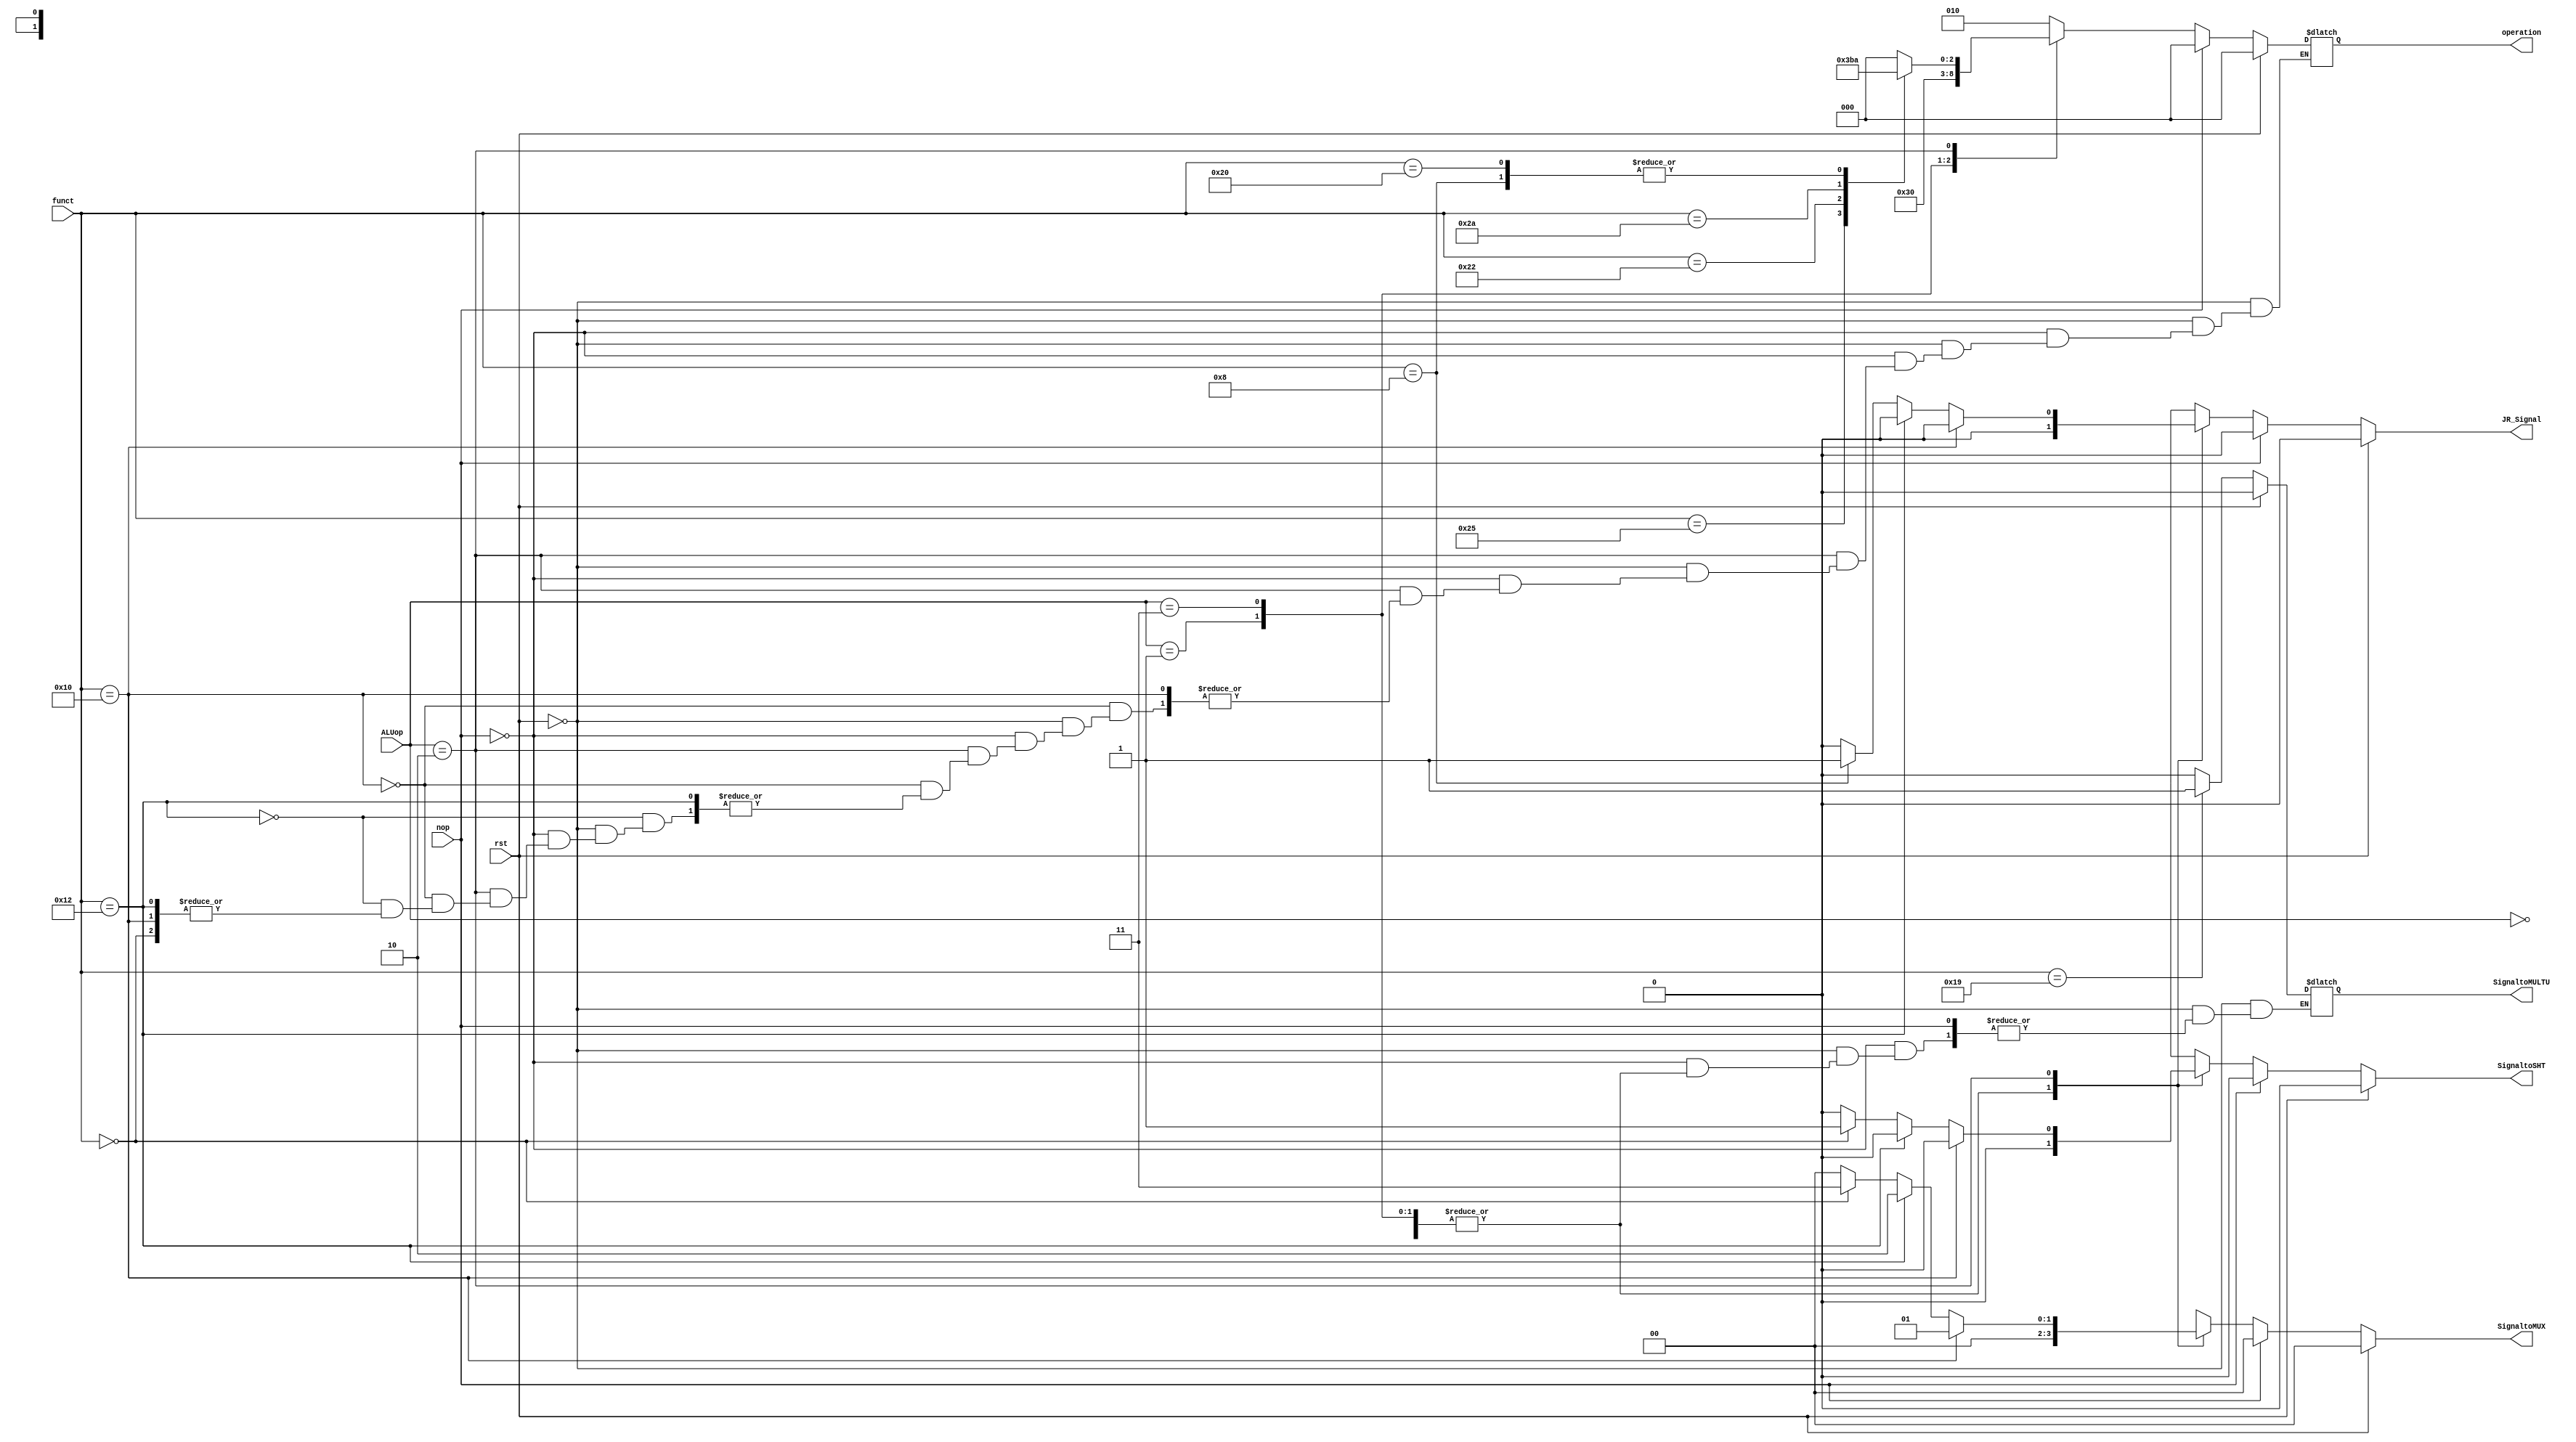
module ALUControl(
  input rst,
  input nop,
  input [1:0] ALUop,
  input [5:0] funct,
  output reg [1:0] SignaltoMUX,
  output reg SignaltoMULTU,
  output reg SignaltoSHT,
  output reg JR_Signal,
  output reg [2:0] operation
);
  // Define funct parameters
  parameter AND = 6'b100100;  // d36
  parameter OR  = 6'b100101;  // d37
  parameter ADD = 6'b100000;  // d32
  parameter SUB = 6'b100010;  // d34
  parameter SLT = 6'b101010;  // d42
  parameter SLL = 6'b000000;  // d0
  parameter MULTU = 6'b011001;// d25
  parameter JR  = 6'd8;
  parameter Hi = 6'd16;
  parameter Lo = 6'd18;
  
  
  // Always block to control ALU operations
  always @(nop or funct or ALUop or rst) begin
    if (rst) begin
      JR_Signal = 0;
      SignaltoMULTU = 0;
      SignaltoSHT = 0;
      SignaltoMUX = 2'b00;
      operation = 3'b000; // No operation
    end
    else begin
      JR_Signal = 0;
      if (nop) begin
        // If NOP signal is active, set all control signals to no operation
        SignaltoSHT = 0;
        SignaltoMUX = 2'b00;
        operation = 3'b000; // No operation
      end
      else begin
        // Default values for control signals
       	SignaltoSHT = 0;
        SignaltoMUX = 2'b00;
        // Determine ALU operation based on ALUop and funct
        case(ALUop)
          2'b00 : operation = 3'b010; // Load/Store
          2'b01 : operation = 3'b110; // Branch
          2'b11 : operation = 3'b000; // andi
          2'b10 : begin
            // R-type instructions
            if (funct == MULTU) begin
              SignaltoMULTU = 1;
            end
            else SignaltoMULTU = 0;
            
            if (funct == Hi)
              SignaltoMUX = 2'b01;
            else if (funct == Lo)
              SignaltoMUX = 2'b10;
            else begin
              case(funct)
                AND : operation = 3'b000;
                OR  : operation = 3'b001;
                ADD : operation = 3'b010;
                SUB : operation = 3'b110;
                SLT : operation = 3'b111;
                SLL : begin
                  SignaltoSHT = 1;
                  SignaltoMUX = 2'b11;
                end
                Hi  : SignaltoMUX = 2'b01;
                Lo  : SignaltoMUX = 2'b10;
                JR  : begin
                  operation = 3'b010; // A + B (B == 0)
                  JR_Signal = 1;
                end
                default : operation = 3'bxxx;
              endcase
            end
          end
          default : operation = 3'bxxx;
        endcase
      end
    end
  end // end of always
endmodule